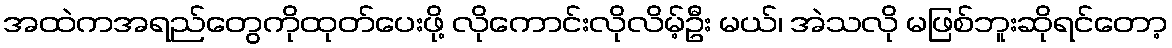
အထဲကအရည်တွေကိုထုတ်ပေးဖို့ လိုကောင်းလိုလိမ့်ဦး မယ်၊ အဲသလို မဖြစ်ဘူးဆိုရင်တော့